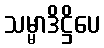
သမ္မာဒိဋ္ဌိပေ